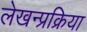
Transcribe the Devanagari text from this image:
लेखन्प्रक्रिया